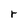
Character: r